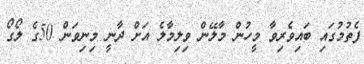
ފެތުމުގައި ބައިވެރިވާ މީހުން މާލޭން ވިލިމާލެ އަށް ދާނީ މިނިވަން 50ގެ ލޯގޯ